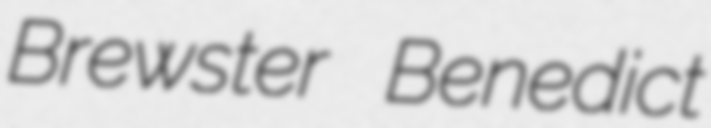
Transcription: Brewster Benedict